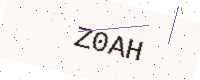
Text: Z0AH